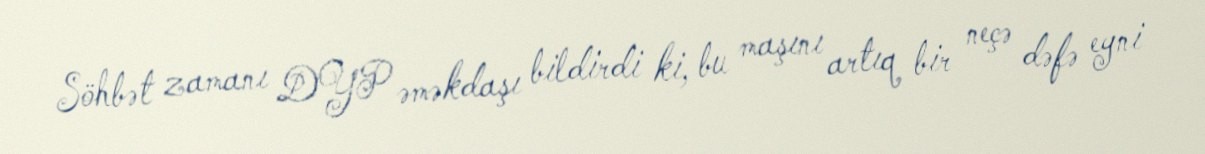
Söhbət zamanı DYP əməkdaşı bildirdi ki, bu maşını artıq bir neçə dəfə eyni